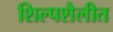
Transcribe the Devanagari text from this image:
शिल्पशैलीत